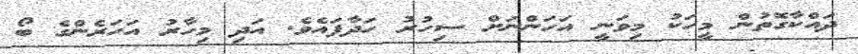
ދައްކާގޮތުން މީހަކު މިވަނީ އަހަންނަށް ސިހުރު ހަދާފައެވެ. އަދި މިހާރު އަހަރެންގެ ބޯ